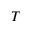
T